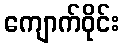
ကျောက်ဝိုင်း